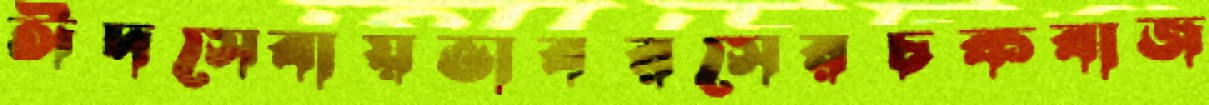
ঈদসেবায়ভাবরসেরচকবাজ